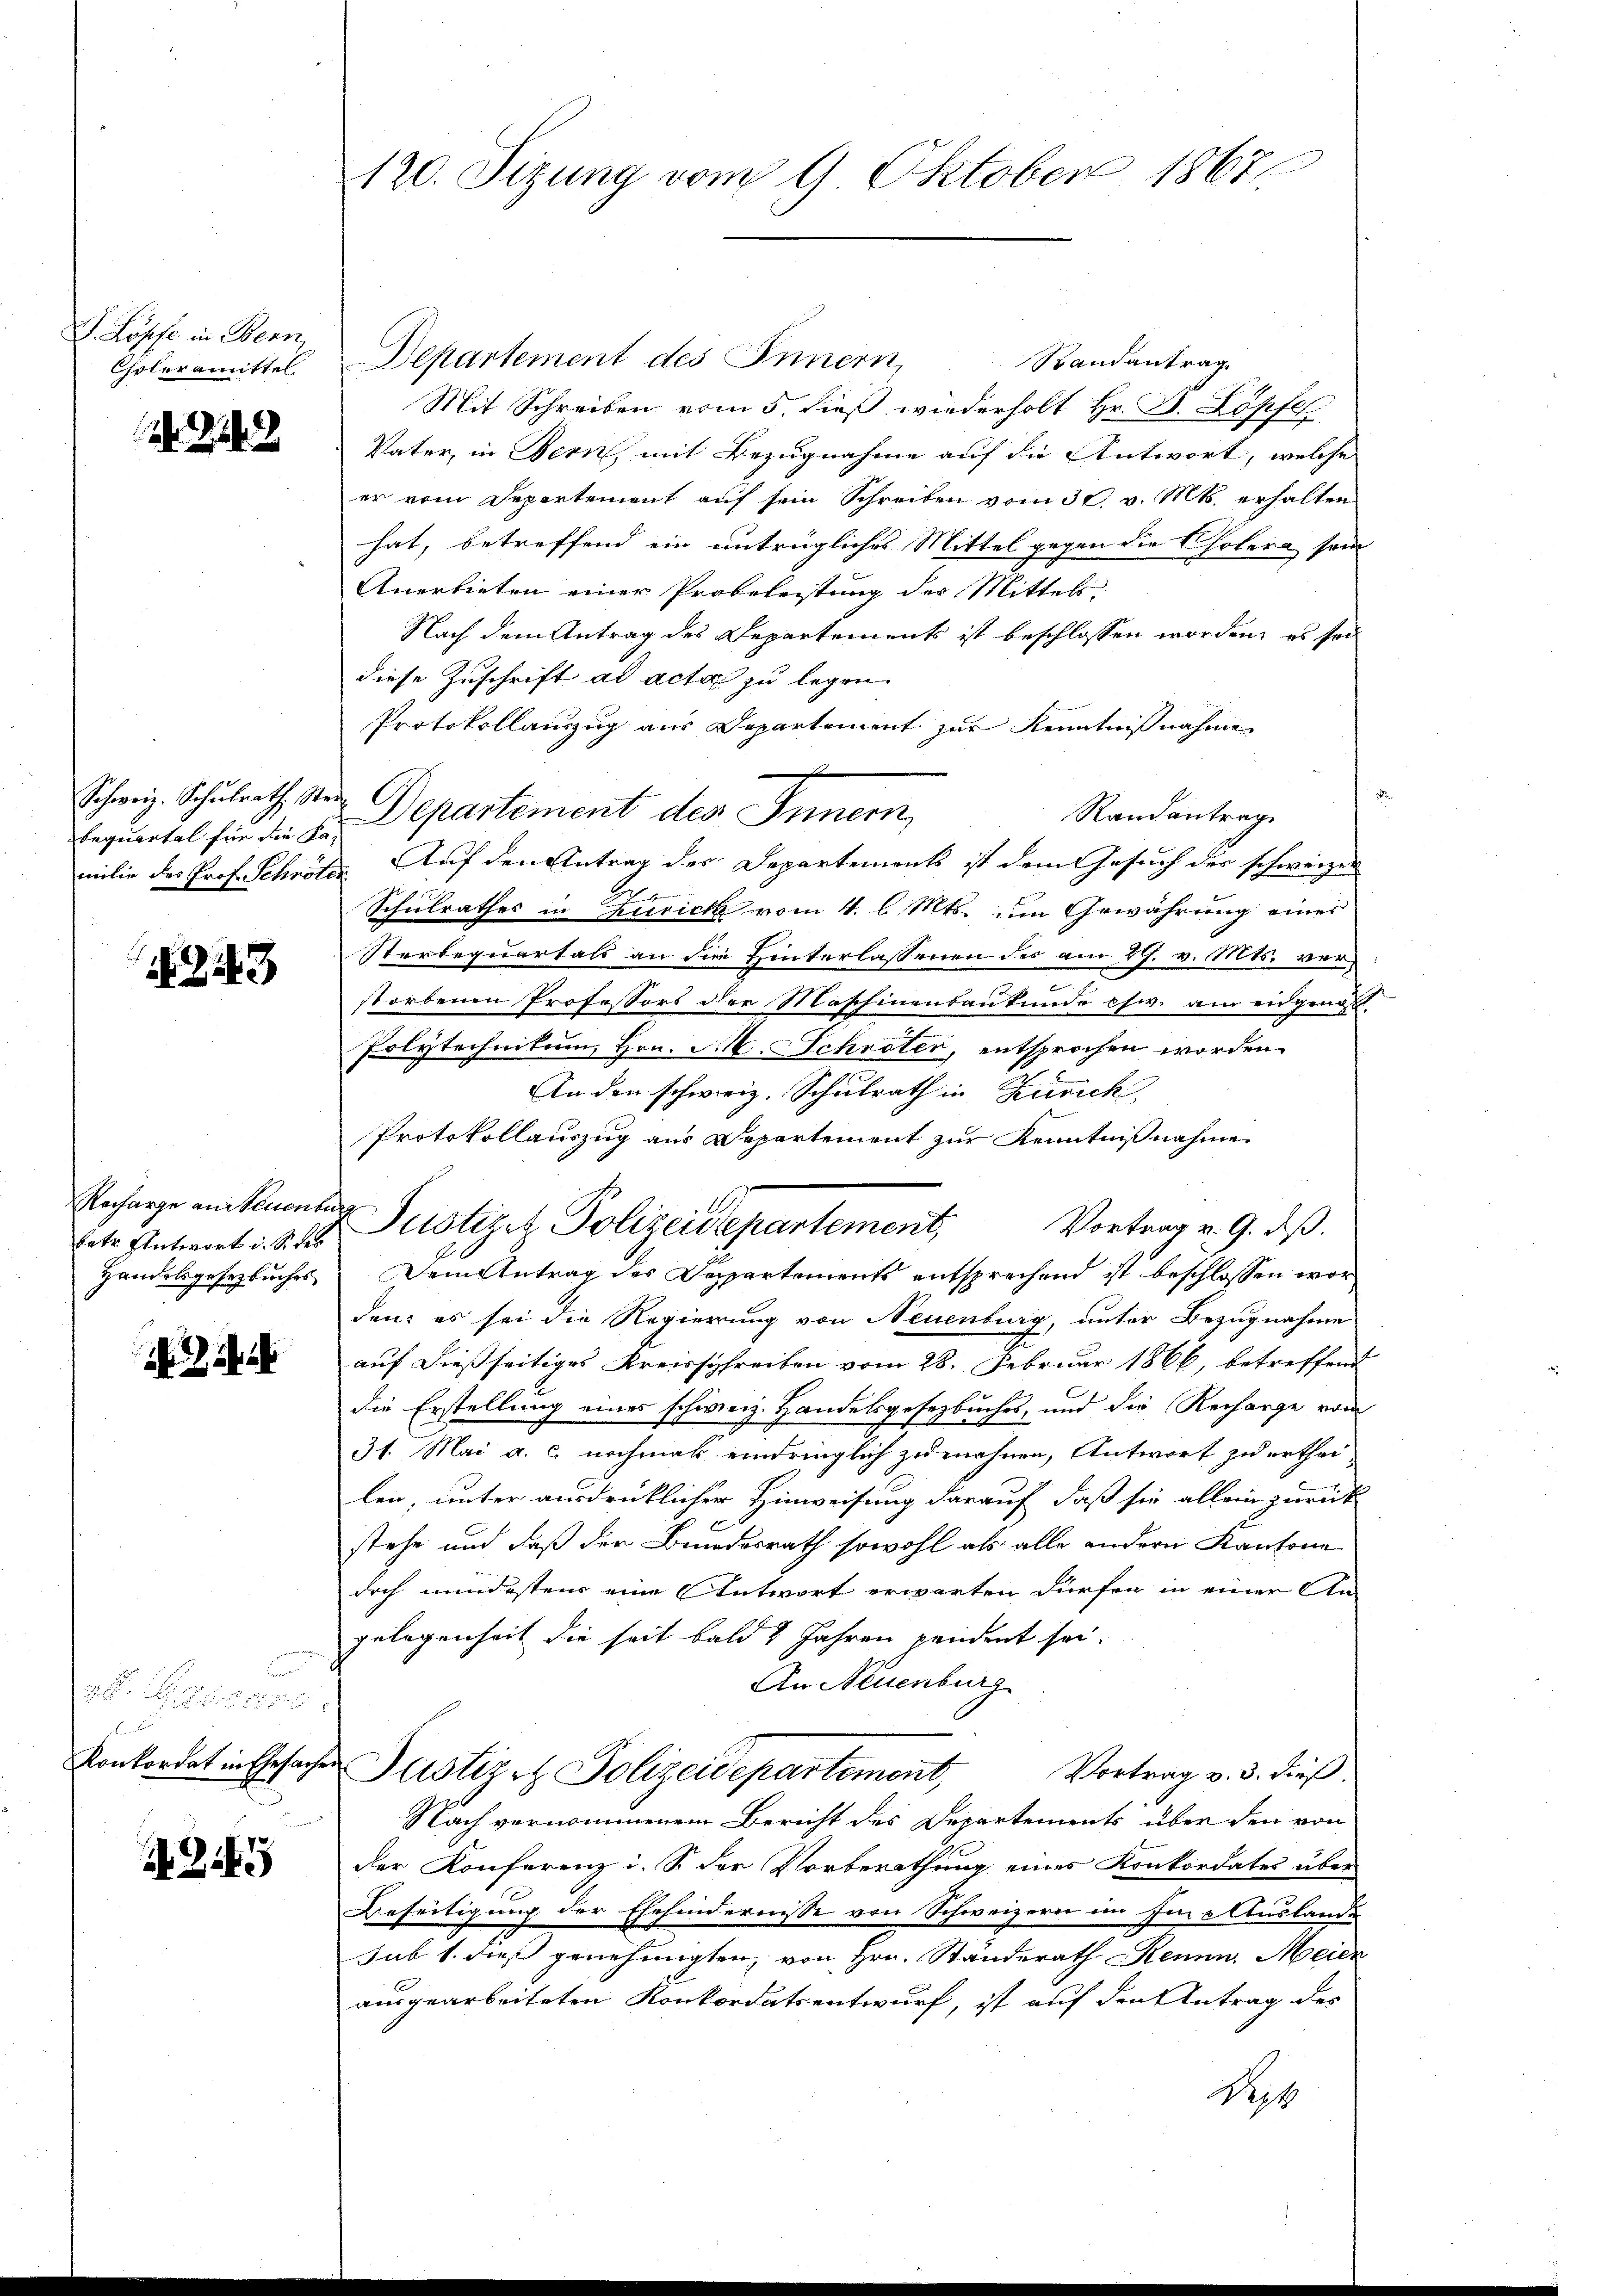
S. Köpfe in Bern
Coloramittel

Schweiz. Schulrath Stei

443

Recharge an Neuenbe
betr. Antwort i. S. des
Handesgesetzbuches

Benische

4

120. Sizung vom 9. Oktober 1867.

Departement des Innern,
Randantrag
Mit Schreiben vom 5. dieß wiederholt Hr. P. Löpfel
Vater, in Bern, mit Bezugnahme auf die Antwort, welche
er vom Departement auf sein Schreiben vom 30. v. Mts. erhalten
hat, betreffend ein untrügliches Mittel gegen die Cholera sein
Anerbieten einer Probeleistung der Mittel
Nach dem Antrag des Departements ist beschlossen worden, es sei
diese Zuschrift ad acta zu legen.
Protokollauszug aus Departement zur Kenntnißnahmen
Randantrag
Erquartal für die in Departement des Innern,
milie des Prof. Schrötte Auf den Antrag des Departements ist dem Gesuch des schweizer
2
Schulrathes in Zurick vom 4. l. Mts. um Gewährung eines
Sterbequartals an die Hinterlassenen des am 29. v. Mts. verstorbenen Professors der Maschinenbaukunde chw. am eidgenoss
Polytechnikum Hrn. M. Schröter, entsprochen worden.
An den schweiz. Schulrath in Zürich
Protokollauszug aus Departement zur Kenntnißnahme
Dem Antrag des Departements entsprechend ist beschlossen wor
den: es sei die Regierung von Neuenburg, unter Bezugnahme
auf dießseitiges Kreisschreiben vom 28. Februar 1866, betreffend
die Erstellung eines schweiz. Handelsgesetzbuches, und die Recharge vom
31. Mai a. c. nochmals eindringlich zumahnen, Antwort zu ertheilen, unter ausdrücklicher Hinweisung darauf, daß sie allein zurück
stehe und daß der Bundesrath sowohl als alle andern Kantone
doch mindestens eine Antwort erwarten dürfen in einer An-
gelegenheit die seit bald 2 Jahren pendent sei.
An Neuenburg
Konkordat in Ehesachen Notizet Polizeidepartement,
Vortrag v. 3. dieß.
Nach vernommenem Bericht des Departements über den von
der Konferenz i. S. der Vorberathung eines Konkordates über
Beseitigung der Ehehindernisse von Schweizern im Eine Auslande
sub 1. dieß genehmigten, von Hrn. Ständerath Kennn. Mein
ausgearbeiteten Konkordatsentwurf, ist auf den Antrag des
Nac

x Justiziz Polizeidepartement. Vortrag v. 9. ds.